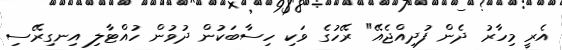
އެރީ މިހާރު ދެން ފުދިއްޖެއޭ" ރޭހުގެ ވަކި ހިސާބަކުން ދުވުން ހުއްޓާލި އިނގިރޭސި